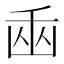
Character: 𠚏